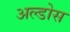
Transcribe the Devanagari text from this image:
अल्डोस